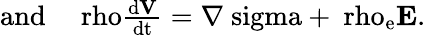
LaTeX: \begin{array}{r}{\mathrm{{and~~~~}\ rho\frac{d{\mathbf V}}{dt}=\nabla\ sigma+\ rho_{e}{\mathbf E}.}}\end{array}